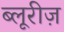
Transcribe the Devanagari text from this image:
ब्लूरीज़